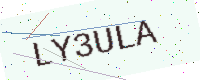
Text: LY3ULA